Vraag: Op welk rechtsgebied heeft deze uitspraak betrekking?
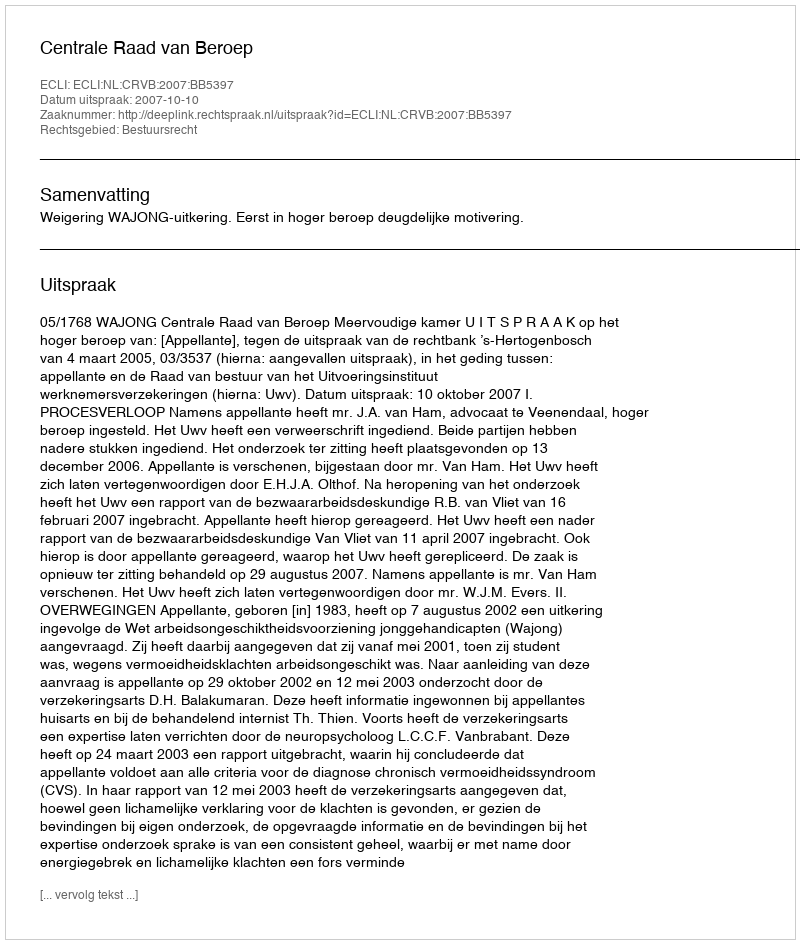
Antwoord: Bestuursrecht